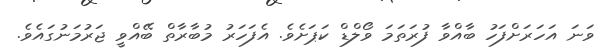
ވަނަ އަހަރަށްފަހު ބާއްވާ ފުރަތަމަ ވޯލްޑް ކަޕަށެވެ. އެފަހަރު މުބާރާތް ބޭއްވީ ޖަރުމަނުގައެވެ.